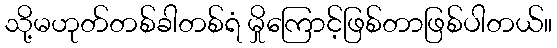
သို့မဟုတ်တစ်ခါတစ်ရံ မှိုကြောင့်ဖြစ်တာဖြစ်ပါတယ်။